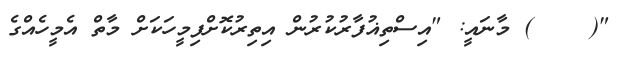
"(    ) މާނައީ: "އިސްތިޣުފާރުކުރުން އިތިރުކޮށްފިމީހަކަށް މާތް އެމީހެއްގެ